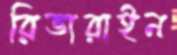
রিভারাইন